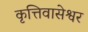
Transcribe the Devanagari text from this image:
कृत्तिवासेश्वर